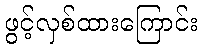
ဖွင့်လှစ်ထားကြောင်း